Lunatic asylums Bombay report 1891-1903 - 1891-1903
Year: 1891
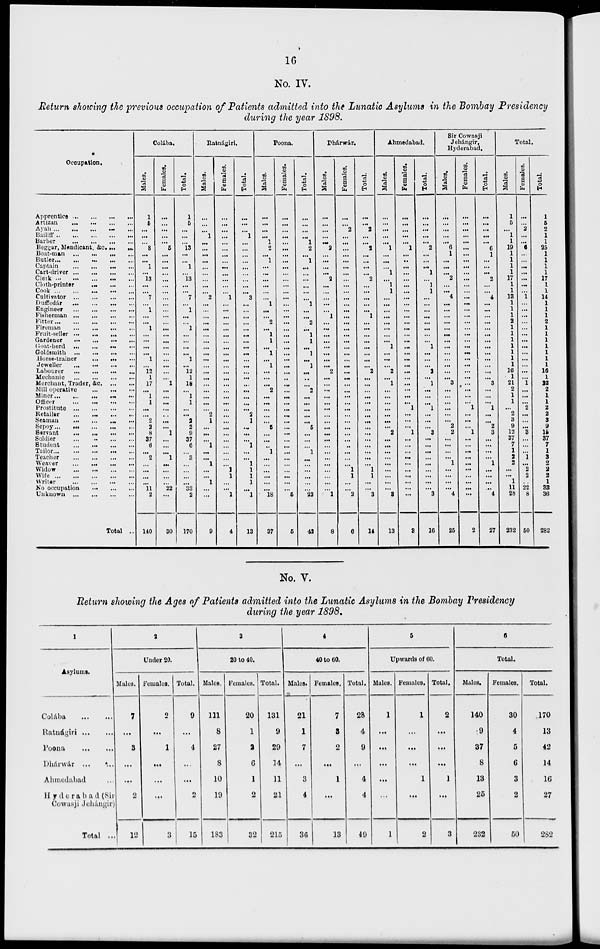
16
No. IV.
Return showing the previous occupation of Patients admitted into the Lunatic Asylums in the Bombay Presidency
during the year 1898.
Occupation.
Apprentice
...
...
...
...
Artizan ... ... ... ...
Ayah ... ... ... ... ...
Bailiff ... ... ... ... ...
Barber
...
...
...
...
Beggar, Mendicant, &c. ... ...
Boat-man ... ... ... ...
Butler
...
...
...
...
...
Captain
...
...
...
...
Cart-driver
...
...
...
...
Clerk
...
...
...
...
...
Cloth-printer
...
...
...
Cook ... ... ... ... ...
Cultivator
...
...
...
...
Duffedár ... ... ... ...
Engineer
...
...
...
...
Fisherman ... ... ... ...
Fitter
...
...
...
...
...
Fireman
...
...
...
...
Fruit-seller
...
...
...
...
Gardener
...
...
...
...
Goat-herd ... ... ... ...
Goldsmith
...
...
...
...
Horse-trainer ... ... ... ...
Jeweller
...
...
...
...
Labourer
...
...
...
...
Mechanic
...
...
...
...
Merchant, Trader, &c. ... ...
Mill operative ... ... ... ...
Miner
...
...
...
...
...
Officer
...
...
...
...
Prostitute
...
...
...
...
Retailer
...
...
...
...
Seaman
...
...
...
...
Sepoy
...
...
...
...
...
Servant
...
...
...
...
Soldier
...
...
...
...
Student
...
...
...
...
Tailor
...
...
...
...
...
Teacher
...
...
...
...
Weaver
...
...
...
...
Widow
...
...
...
...
Wife
...
...
...
...
...
Writer
...
...
...
...
No occupation
...
...
...
Unknown
...
...
...
...
Total ...
Colába.
Males.
1
6
...
...
...
8
...
...
1
...
13
...
...
7
...
1
...
...
1
...
...
...
...
1
...
12
1
17
...
1
1
...
...
2
2
8
37
6
...
2
...
...
...
...
11
2
140
Females.
...
...
...
...
...
5
...
...
...
...
...
...
...
...
...
...
...
...
...
...
...
...
...
...
...
...
...
1
...
...
...
...
...
...
...
1
...
...
...
1
...
...
...
...
22
...
30
Total.
1
6
...
...
...
13
...
...
1
...
13
...
...
7
...
1
...
...
1
...
...
...
...
1
...
12
1
18
...
1
1
...
...
2 2
9
37
6
...
3
...
...
...
...
33
2
170
Ratnagiri.
Males.
...
...
...
1
...
...
...
...
...
...
...
...
...
2
...
...
...
...
...
...
...
...
...
...
...
...
...
...
...
...
...
...
2
1
...
...
...
1
...
...
1
...
...
1
...
...
9
Females.
...
...
...
...
...
...
...
...
...
...
...
...
...
1
...
...
...
...
...
...
...
...
...
...
...
...
...
...
...
...
...
...
...
...
...
...
...
...
...
...
...
1
1
...
...
1
4
Total.
...
...
...
1
...
...
...
...
...
...
...
...
...
3
...
...
...
...
...
...
...
...
...
...
...
...
...
...
...
...
...
...
2
1
...
...
...
1
...
...
1
1
1
1
...
1
13
Poona.
Males.
...
...
...
...
1
2
...
1
...
...
...
...
...
...
1
...
...
2
...
1
1
...
1
...
1
...
...
...
2
...
...
...
...
...
5
...
...
...
1
...
...
...
...
...
...
18
37
Females.
...
...
...
...
...
...
...
...
...
...
...
...
...
...
...
...
...
...
...
...
...
...
...
...
...
...
...
...
...
...
...
...
...
...
...
...
...
...
...
...
...
...
...
...
...
5
5
Total.
...
...
...
...
1
2
...
1
...
...
...
...
...
...
1
...
...
2
...
1
1
...
1
...
1
...
...
...
2
...
...
...
...
...
5
...
...
...
1
...
...
...
...
...
...
23
42
Dhárwár.
Males.
...
...
...
...
...
2
...
...
...
...
2
...
...
...
...
...
1
...
...
...
...
...
...
...
...
2
...
...
...
...
...
...
...
...
...
...
...
...
...
...
...
...
...
...
...
1
8
Females.
...
...
2
...
...
...
...
...
...
...
...
...
...
...
...
...
...
...
...
...
...
...
...
...
...
...
...
...
...
...
...
...
...
...
...
...
...
...
...
...
...
1
1
...
...
2
6
Total.
...
...
2
...
...
2
...
...
...
...
2
...
...
...
...
...
1
...
...
...
...
...
...
...
...
2
...
...
...
...
...
...
...
...
...
...
...
...
...
...
...
1
1
...
...
3
14
Ahmedabad.
Males.
...
...
...
...
...
1
...
...
...
1
...
1
1
...
...
...
...
...
...
...
...
1
...
...
...
2
...
1
...
...
...
...
...
...
...
2
...
...
...
...
...
...
...
...
...
3
13
Females.
...
...
...
...
...
1
...
...
...
...
...
...
...
...
...
...
...
...
...
...
...
...
...
...
...
...
...
...
...
...
...
1
...
...
...
1
...
...
...
...
...
...
...
...
...
...
3
Total.
...
...
...
...
...
2
...
...
...
1
...
1
1
...
...
...
...
...
...
...
...
1
...
...
...
2
...
1
...
...
...
1
...
...
...
3
...
...
...
...
...
...
...
...
...
3
16
Sir Cowasji
Jehángir,
Hyderabad,
Males.
...
...
...
...
...
6
1
...
...
...
2
...
...
4
...
...
...
...
...
...
...
...
...
...
...
...
...
3
...
...
...
...
...
...
2
2
...
...
...
...
1
...
...
...
...
4
25
Females.
...
...
...
...
...
...
...
...
...
...
...
...
...
...
...
...
...
...
...
...
...
...
...
...
...
...
...
...
...
...
...
1
...
...
...
1
...
...
...
...
...
...
...
...
...
...
2
Total.
...
...
...
...
...
6
1
...
...
...
2
...
...
4
...
...
...
...
...
...
...
...
...
...
...
...
...
3
...
...
...
1
...
...
2
3
...
...
...
...
1
...
...
...
...
4
27
Total.
Males.
1
5
...
...
...
19
1
1
1
1
17
1
1
13
1
1
1
2
1
1
1
1
1
1
1
16
1
21
2
1
1
...
2
3
9
12
37
7
1
2
2
...
...
1
11
28
232
Females.
...
...
2
...
...
6
...
...
...
...
...
...
...
1
...
...
...
...
...
...
...
...
...
...
...
...
...
1
...
...
...
2
...
...
...
3
...
...
...
1
...
2
2
...
22
8
50
Total.
1
5
2
...
...
25
1
1
1
1
17
1
1
14
1
1
1
2
1
1
1
1
1
1
1
16
1
22
2
1
1
2
2
3
9
15
37
7
1
3
2
2
2
1
33
36
282
No. V.
Return showing the Ages of Patients admitted into the Lunatic Asylums in the Bombay Presidency
during the year 1898.
1
Asylums.
Colábá ... ...
Ratnágiri
...
...
Poona
...
...
Dhárwár
...
...
Ahmedabad ...
Hyderabad (Sir
Cowasji Jehángir)
Total ...
2
Under 20.
Males.
7
...
3
...
...
2
12
Females.
2
...
1
...
...
...
3
Total.
9
...
4
...
...
2
15
3
20 to 40.
Males.
111
8
27
8
10
19
183
Females.
20
1
2
6
1
2
32
Total.
131
9
29
14
11
21
215
4
40 to 60.
Males.
21
1
7
...
3
4
36
Females.
7
3
2
...
1
...
13
Total.
28
4
9
...
4
4
49
5
Upwards of 60.
Males.
1
...
...
...
...
...
1
Females.
1
...
...
...
1
...
2
Total.
2
...
...
...
1
...
3
6
Total.
Males.
140
9
37
8
13
25
232
Females.
30
4
5
6
3
2
50
Total.
170
13
42
14
16
27
282